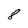
Character: 8